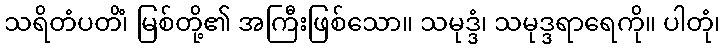
သရိတံပတိံ၊ မြစ်တို့၏ အကြီးဖြစ်သော။ သမုဒ္ဒံ၊ သမုဒ္ဒရာရေကို။ ပါတုံ၊